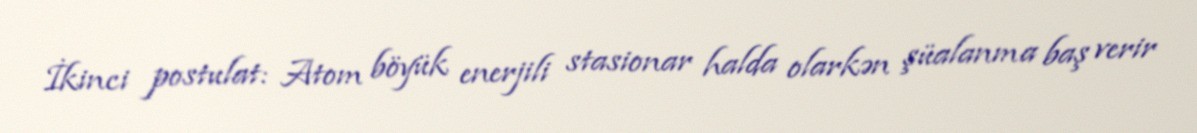
İkinci postulat: Atom böyük enerjili stasionar halda olarkən şüalanma baş verir